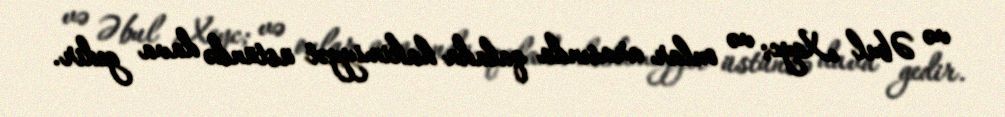
və Əbul Xeyc; və onlar arasında qalada hakimiyyət üstündə dava gedir.